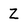
Character: Z